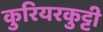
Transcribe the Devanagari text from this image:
कुरियरकुट्टी